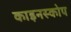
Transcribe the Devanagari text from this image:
काइनस्कोप